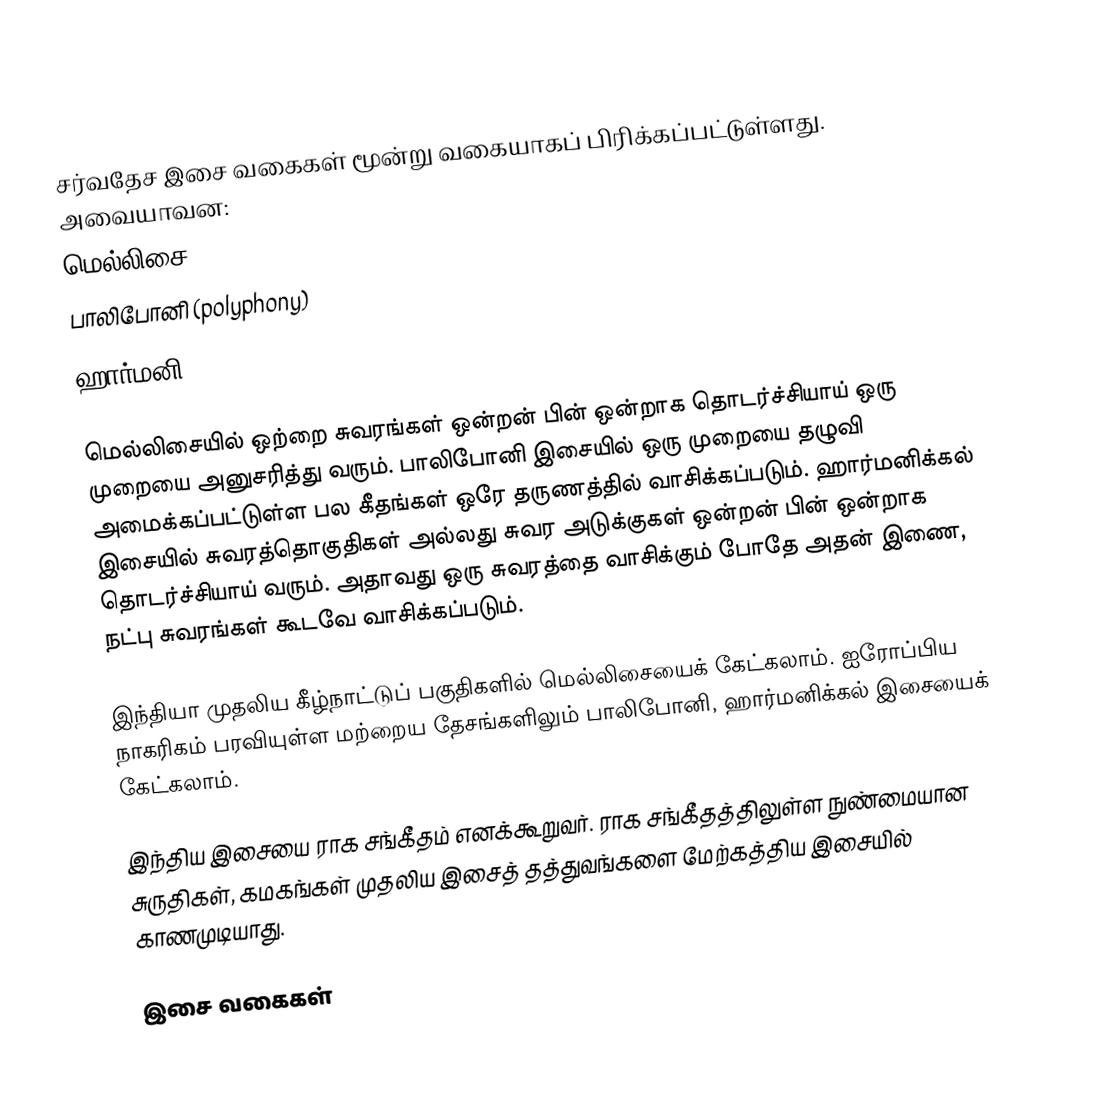
சர்வதேச இசை வகைகள் மூன்று வகையாகப் பிரிக்கப்பட்டுள்ளது. அவையாவன:
 மெல்லிசை (melody)
 பாலிபோனி (polyphony)
 ஹார்மனி (harmony)

மெல்லிசையில் ஒற்றை சுவரங்கள் ஒன்றன் பின் ஒன்றாக தொடர்ச்சியாய் ஒரு முறையை அனுசரித்து வரும். பாலிபோனி இசையில் ஒரு முறையை தழுவி அமைக்கப்பட்டுள்ள பல கீதங்கள் ஒரே தருணத்தில் வாசிக்கப்படும். ஹார்மனிக்கல் இசையில் சுவரத்தொகுதிகள் அல்லது சுவர அடுக்குகள் ஒன்றன் பின் ஒன்றாக தொடர்ச்சியாய் வரும். அதாவது ஒரு சுவரத்தை வாசிக்கும் போதே அதன் இணை, நட்பு சுவரங்கள் கூடவே வாசிக்கப்படும்.

இந்தியா முதலிய கீழ்நாட்டுப் பகுதிகளில் மெல்லிசையைக் கேட்கலாம். ஐரோப்பிய நாகரிகம் பரவியுள்ள மற்றைய தேசங்களிலும் பாலிபோனி, ஹார்மனிக்கல் இசையைக் கேட்கலாம்.

இந்திய இசையை ராக சங்கீதம் எனக்கூறுவர். ராக சங்கீதத்திலுள்ள நுண்மையான சுருதிகள், கமகங்கள் முதலிய இசைத் தத்துவங்களை மேற்கத்திய இசையில் காணமுடியாது.

இசை வகைகள்